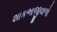
શાકભાજીવાળો